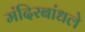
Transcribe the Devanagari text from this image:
मंदिरबांधले